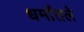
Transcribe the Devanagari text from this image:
धर्मांतले